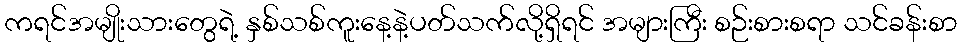
ကရင်အမျိုးသားတွေရဲ့ နှစ်သစ်ကူးနေ့နဲ့ပတ်သက်လို့ရှိရင် အများကြီး စဉ်းစားစရာ သင်ခန်းစာ